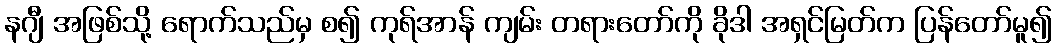
နဂျီ အဖြစ်သို့ ရောက်သည်မှ စ၍ ကုရ်အာန် ကျမ်း တရားတော်ကို ခိုဒါ အရှင်မြတ်က ပြန်တော်မူ၍